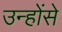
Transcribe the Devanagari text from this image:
उन्होंसे